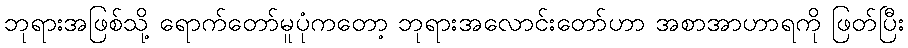
ဘုရားအဖြစ်သို့ ရောက်တော်မူပုံကတော့ ဘုရားအလောင်းတော်ဟာ အစာအာဟာရကို ဖြတ်ပြီး